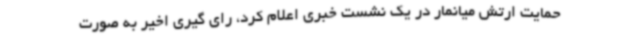
حمایت ارتش میانمار در یک نشست خبری اعلام کرد، رای گیری اخیر به صورت